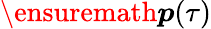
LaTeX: \ensuremath{\boldsymbol{p}}(\tau)